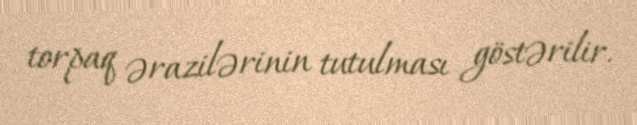
torpaq ərazilərinin tutulması göstərilir.